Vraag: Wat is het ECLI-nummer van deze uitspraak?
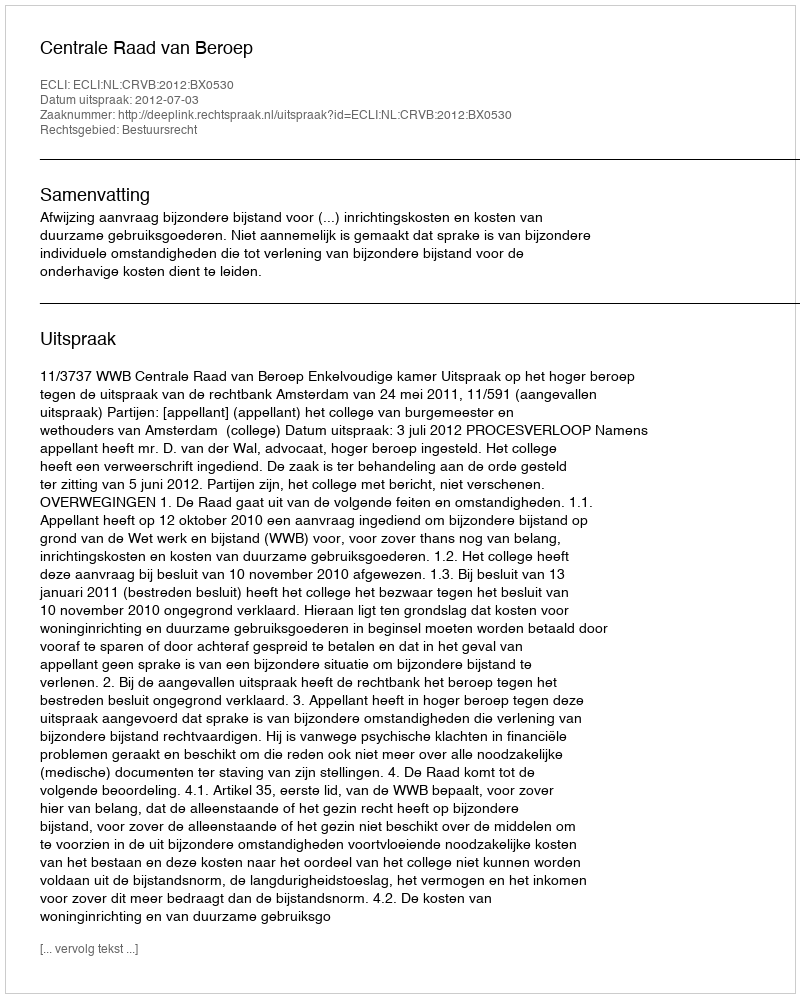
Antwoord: ECLI:NL:CRVB:2012:BX0530